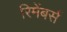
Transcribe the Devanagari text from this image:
रिमेंबर्स